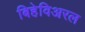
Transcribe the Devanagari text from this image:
बिहेविअरल